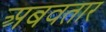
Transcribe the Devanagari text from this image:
अबवतार